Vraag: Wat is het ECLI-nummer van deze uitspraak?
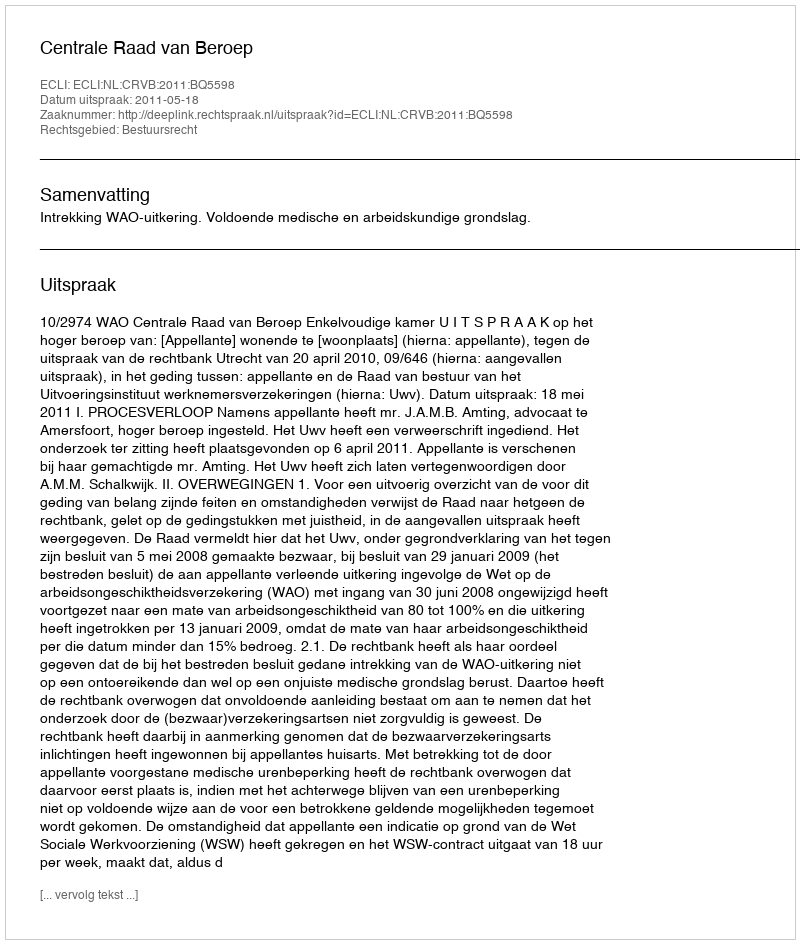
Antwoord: ECLI:NL:CRVB:2011:BQ5598